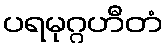
ပရမုဂ္ဂဟီတံ